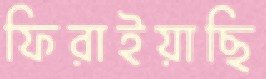
ফিরাইয়াছি